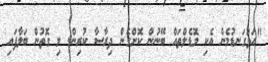
"އަޅުގަނޑުމެން އެކި މޮޑެލްތައް ބޭނުން ކޮށްގެން ދިރާސާ ކުރިން. މި ގޮތުން ބަލާފައި